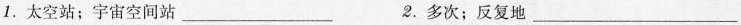
1.太空站；宇宙空间站___2.多次；反复地___